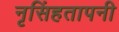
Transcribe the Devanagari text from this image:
नृसिंहतापनी